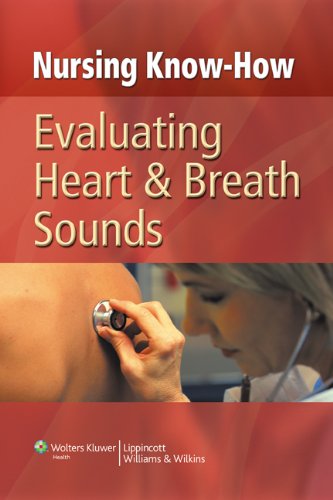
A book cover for Nursing Know-How: Evaluating Heart & Breath Sounds; Springhouse; Medical Books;